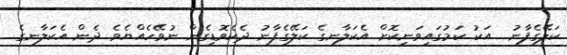
ކަލޭގެފާނު  އަކު ކަމުގައިވަނިކޮށް އެކަލާނގެ ކަލޭގެފާނު ދެކެވޮޑިގެން ނުވޭހެއްޔެވެ ދެން އެކަލާނގެ